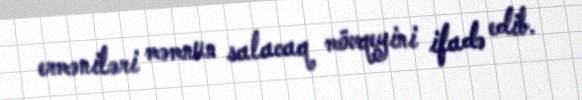
erməniləri məmnun salacaq mövqeyini ifadə edib.